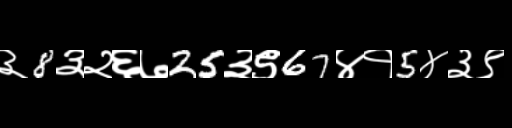
Text: ३8३२६७25३९67४१5४३९